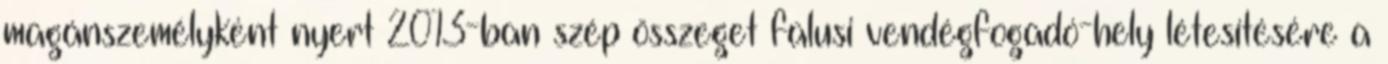
magánszemélyként nyert 2013-ban szép összeget falusi vendégfogadó-hely létesítésére a